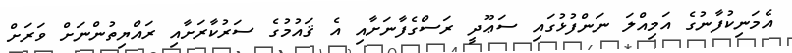
އެމަނިކުފާނުގެ އަމިއްލަ ނަންފުޅުގައި ސަޢޫދީ ރަސްގެފާނަށާއި އެ ޤައުމުގެ ސަރުކާރަށާއި ރައްޔިތުންނަށް ވަރަށް